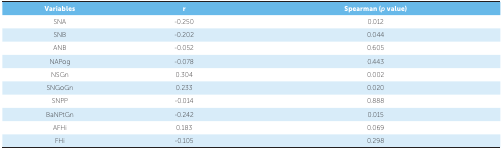
<table><thead><tr><td><b>Variables</b></td><td><b>r</b></td><td><b>Spearman (<i>p</i> value)</b></td></tr></thead><tbody><tr><td>SNA</td><td>-0.250</td><td>0.012</td></tr><tr><td>SNB</td><td>-0.202</td><td>0.044</td></tr><tr><td>ANB</td><td>-0.052</td><td>0.605</td></tr><tr><td>NAPog</td><td>-0.078</td><td>0.443</td></tr><tr><td>NSGn</td><td>0.304</td><td>0.002</td></tr><tr><td>SNGoGn</td><td>0.233</td><td>0.020</td></tr><tr><td>SNPP</td><td>-0.014</td><td>0.888</td></tr><tr><td>BaNPtGn</td><td>-0.242</td><td>0.015</td></tr><tr><td>AFHi</td><td>0.183</td><td>0.069</td></tr><tr><td>FHi</td><td>-0.105</td><td>0.298</td></tr></tbody></table>